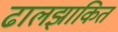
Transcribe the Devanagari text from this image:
ढालझाकित